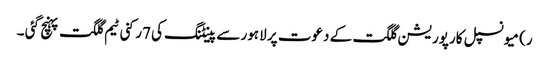
ر) میونسپل کارپوریشن گلگت کے دعوت پر لاہور سے پینٹنگ کی 7رکنی ٹیم گلگت پہنچ گئی ۔